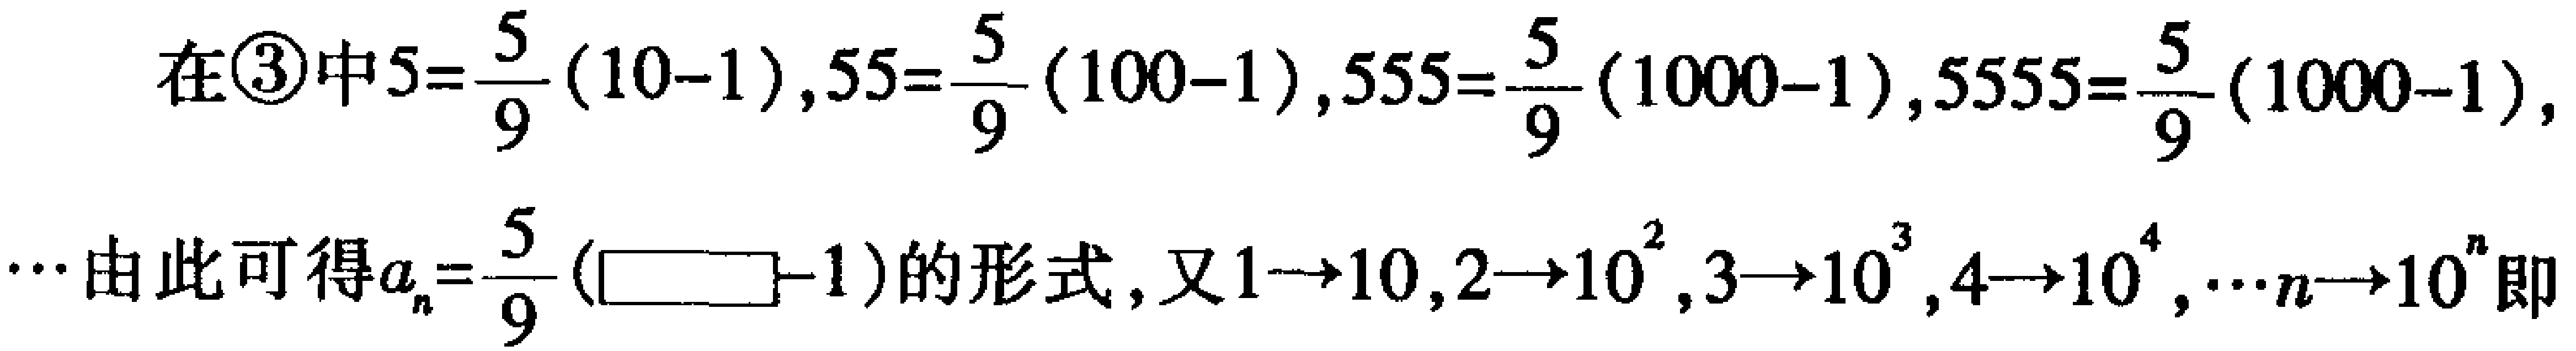
在\textcircled{3}中\(5 = \frac{5}{9}(10 - 1),55 = \frac{5}{9}(100 - 1),555 = \frac{5}{9}(1000 - 1),5555 = \frac{5}{9}(10000 - 1),\cdots\)由此可得\(a_{n}=\frac{5}{9}(\square - 1)\)的形式，又\(1\rightarrow10,2\rightarrow10^{2},3\rightarrow10^{3},4\rightarrow10^{4},\cdots n\rightarrow10^{n}\)即